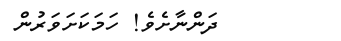
ދަންނާށެވެ! ހަމަކަށަވަރުން